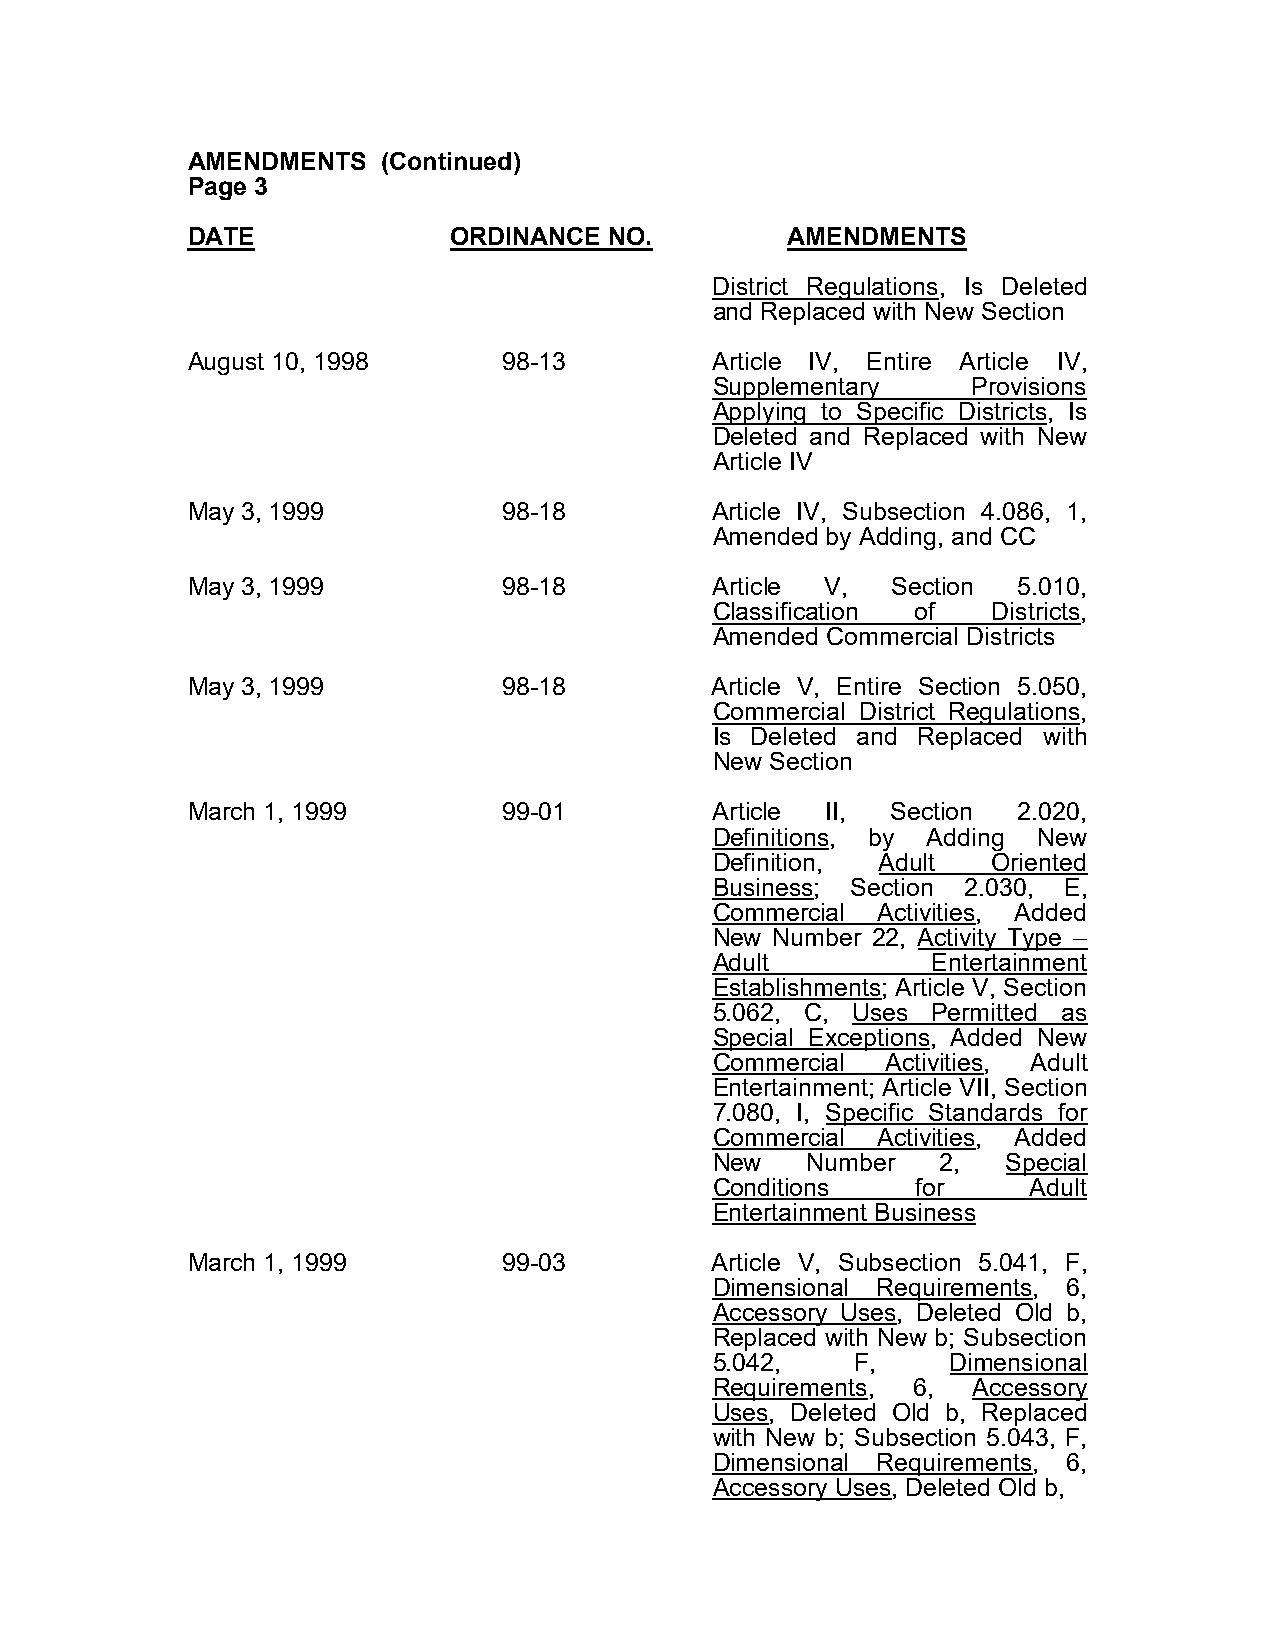
AMENDMENTS   (Continued)
 Page 3
 DATE              ORDINANCE NO.         AMENDMENTS
 District Regulations, Is Deleted
 and Replaced with New Section
 August 10, 1998      98-13         Article IV, Entire Article IV,
 Supplementary    Provisions
 Applying to Specific Districts, Is
 Deleted and Replaced with New
 Article IV
 May 3, 1999          98-18         Article IV, Subsection 4.086, 1,
 Amended by Adding, and CC
 May 3, 1999          98-18         Article V,  Section 5.010,
 Classification of  Districts,
 Amended Commercial Districts
 May 3, 1999          98-18         Article V, Entire Section 5.050,
 Commercial District Regulations,
 Is Deleted and Replaced with
 New Section
 March 1, 1999        99-01         Article II, Section 2.020,
 Definitions, by Adding New
 Definition, Adult  Oriented
 Business; Section 2.030, E,
 Commercial Activities, Added
 New Number 22, Activity Type –
 Adult          Entertainment
 Establishments; Article V, Section
 5.062, C, Uses Permitted as
 Special Exceptions, Added New
 Commercial  Activities, Adult
 Entertainment; Article VII, Section
 7.080, I, Specific Standards for
 Commercial Activities, Added
 New   Number   2,   Special
 Conditions    for    Adult
 Entertainment Business
 March 1, 1999        99-03         Article V, Subsection 5.041, F,
 Dimensional Requirements, 6,
 Accessory Uses, Deleted Old b,
 Replaced with New b; Subsection
 5.042,    F,    Dimensional
 Requirements, 6, Accessory
 Uses, Deleted Old b, Replaced
 with New b; Subsection 5.043, F,
 Dimensional Requirements, 6,
 Accessory Uses, Deleted Old b,